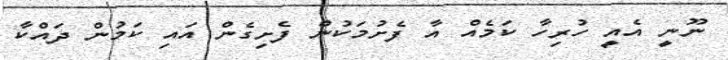
ނޫނީ އެއީ ހުރިހާ ކަމެއް އާ ފެށުމަކުން ފެށިގެން އައި ކަމުން ދައްކާ